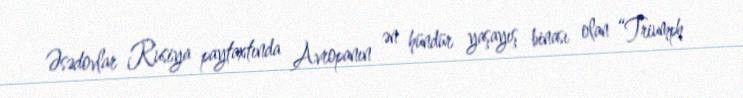
Əsədovlar Rusiya paytaxtında Avropanın ən hündür yaşayış binası olan “Triumph